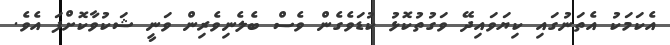
އެކަމަކު އެތަނުގައި ކިޔަވައިދޭ ވަގުތުކޮޅު ކުޑަވެގެން ވެސް ބެލެނިވެރިން ވަނީ ޝަކުވާކޮށްފަ އެވެ.